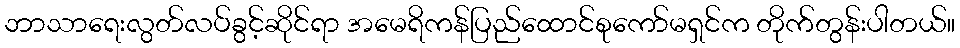
ဘာသာရေးလွတ်လပ်ခွင့်ဆိုင်ရာ အမေရိကန်ပြည်ထောင်စုကော်မရှင်က တိုက်တွန်းပါတယ်။